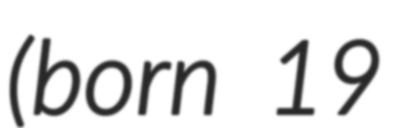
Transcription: (born 19